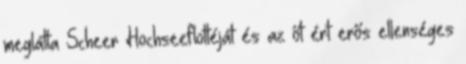
meglátta Scheer Hochseeflottéját és az őt ért erős ellenséges